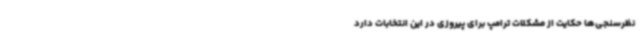
نظرسنجی‌ها حکایت از مشکلات ترامپ برای پیروزی در این انتخابات دارد